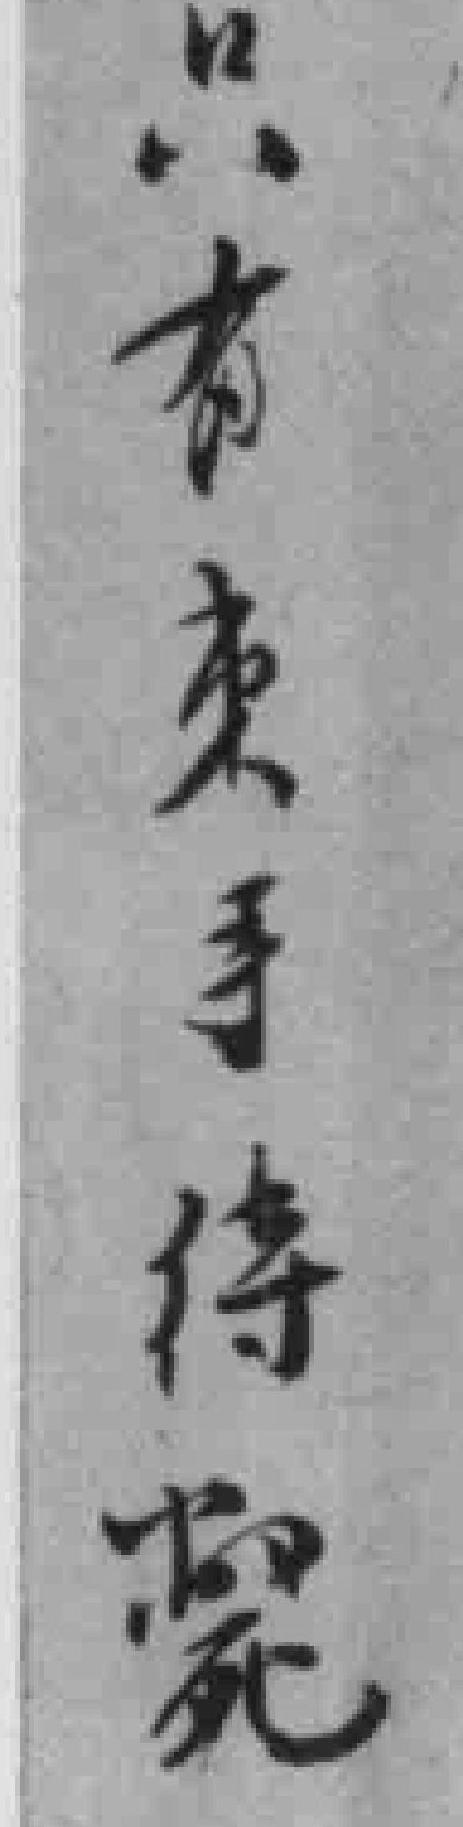
只有束手待斃